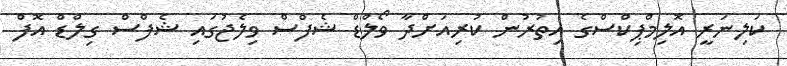
ކަލިނަރީ އޮލިމްޕިކްސްގެ އިތުރުން ކުރިއަށްދާ ވޯލްޑް ޝެފްސް ވިލެޖުގައި ޝެފްސް ގިލްޑް އޮފް